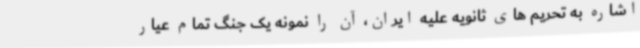
اشاره به تحریم های ثانویه علیه ایران، آن را نمونه یک جنگ تمام عیار